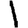
Digit: 1